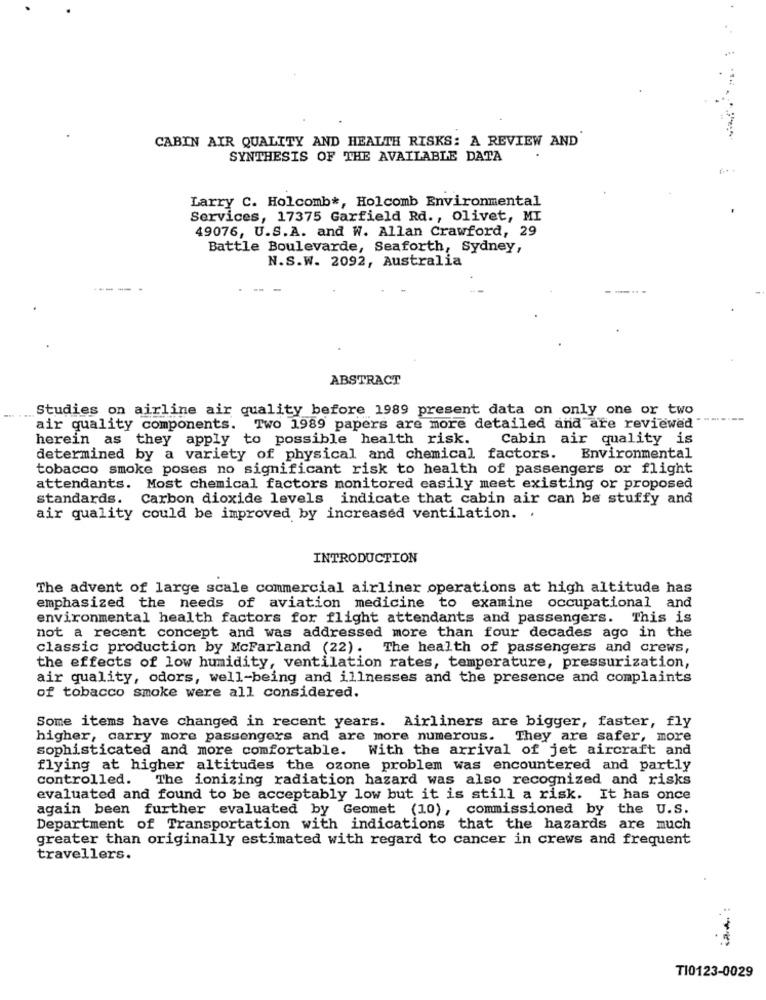
CABIN AIR QUALITY AND HEALTH RISKS: A REVIEW AND
SYNTHESIS OF THE AVAILABLE DATA
F.++
Larry C. Holcomb *, Holcomb Environmental
Services, 17375 Garfield Rd ., Olivet, MI
9076, U.S.A. and W. Allan Crawford, 29
Battle Boulevarde, Seaforth, Sydney,
N.S.W. 2092, Australia
ABSTRACT
Studies on airline air quality before 1989 present data on only one or two
---
air quality components. Two 1989 papers are more detailed and are reviewed
herein as they apply to possible health risk. Cabin air quality is
determined by a variety of physical and chemical factors. Environmental
tobacco smoke poses no significant risk to health of passengers or flight
attendants. Most chemical factors monitored easily meet existing or proposed
standards. Carbon dioxide levels indicate that cabin air can be stuffy and
air quality could be improved by increased ventilation. .
INTRODUCTION
The advent of large scale commercial airliner operations at high altitude has
emphasized the needs of aviation medicine to examine occupational and
environmental health factors for flight attendants and passengers. This is
not a recent concept and was addressed more than four decades ago in the
classic production by McFarland (22).
The health of passengers and crews,
the effects of low humidity, ventilation rates, temperature, pressurization,
air quality, odors, well-being and illnesses and the presence and complaints
of tobacco smoke were all considered.
Some items have changed in recent years. Airliners are bigger, faster, fly
higher, carry more passengers and are more numerous. They are safer, more
sophisticated and more comfortable. With the arrival of jet aircraft and
flying at higher altitudes the ozone problem was encountered and partly
controlled. The ionizing radiation hazard was also recognized and risks
evaluated and found to be acceptably low but it is still a risk. It has once
again been further evaluated by Geomet (10), commissioned by the U.S.
Department of Transportation with indications that the hazards are much
greater than originally estimated with regard to cancer in crews and frequent
travellers.
TI0123-0029